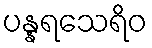
ပန္နရသေရိဝ